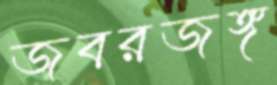
জবরজঙ্গ